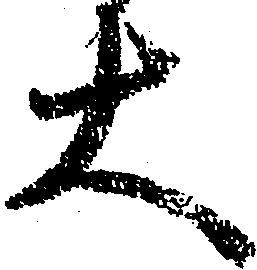
大